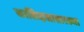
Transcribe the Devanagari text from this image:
कालिदासासारख्या